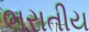
ભરાતીય